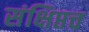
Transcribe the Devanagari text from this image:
संक्षिप्तच